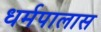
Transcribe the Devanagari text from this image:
धर्मपालास